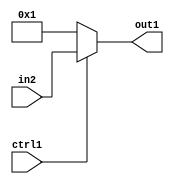
`timescale 1ps / 1ps
/*****************************************************************************
    Verilog RTL Description
    
    
    Created by: Stratus DpOpt 21.05.01 
*******************************************************************************/

module dut_N_Mux_16_2_86_1 (
	in2,
	ctrl1,
	out1
	); /* architecture "behavioural" */ 
input [15:0] in2;
input  ctrl1;
output [15:0] out1;
wire [15:0] asc001;

reg [15:0] asc001_tmp_0;
assign asc001 = asc001_tmp_0;
always @ (ctrl1 or in2) begin
	case (ctrl1)
		1'B1 : asc001_tmp_0 = in2 ;
		default : asc001_tmp_0 = 16'B0000000000000001 ;
	endcase
end

assign out1 = asc001;
endmodule

/* CADENCE  uLX3SQ8= : u9/ySxbfrwZIxEzHVQQV8Q== ** DO NOT EDIT THIS LINE ******/